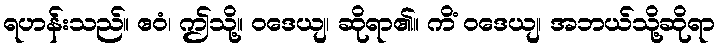
ရဟန်းသည်။ ဧဝံ၊ ဤသို့။ ဝဒေယျ၊ ဆိုရာ၏။ ကိံ ဝဒေယျ၊ အဘယ်သို့ဆိုရာ